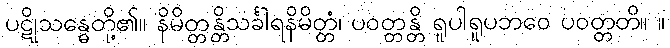
ပဋိုသန္ဓေတို့၏။ နိမိတ္တန္တိသင်္ခါရနိမိတ္တံ၊ ပဝတ္တန္တိ ရူပါရူပဘဝေ ပဝတ္တတိ။ ။